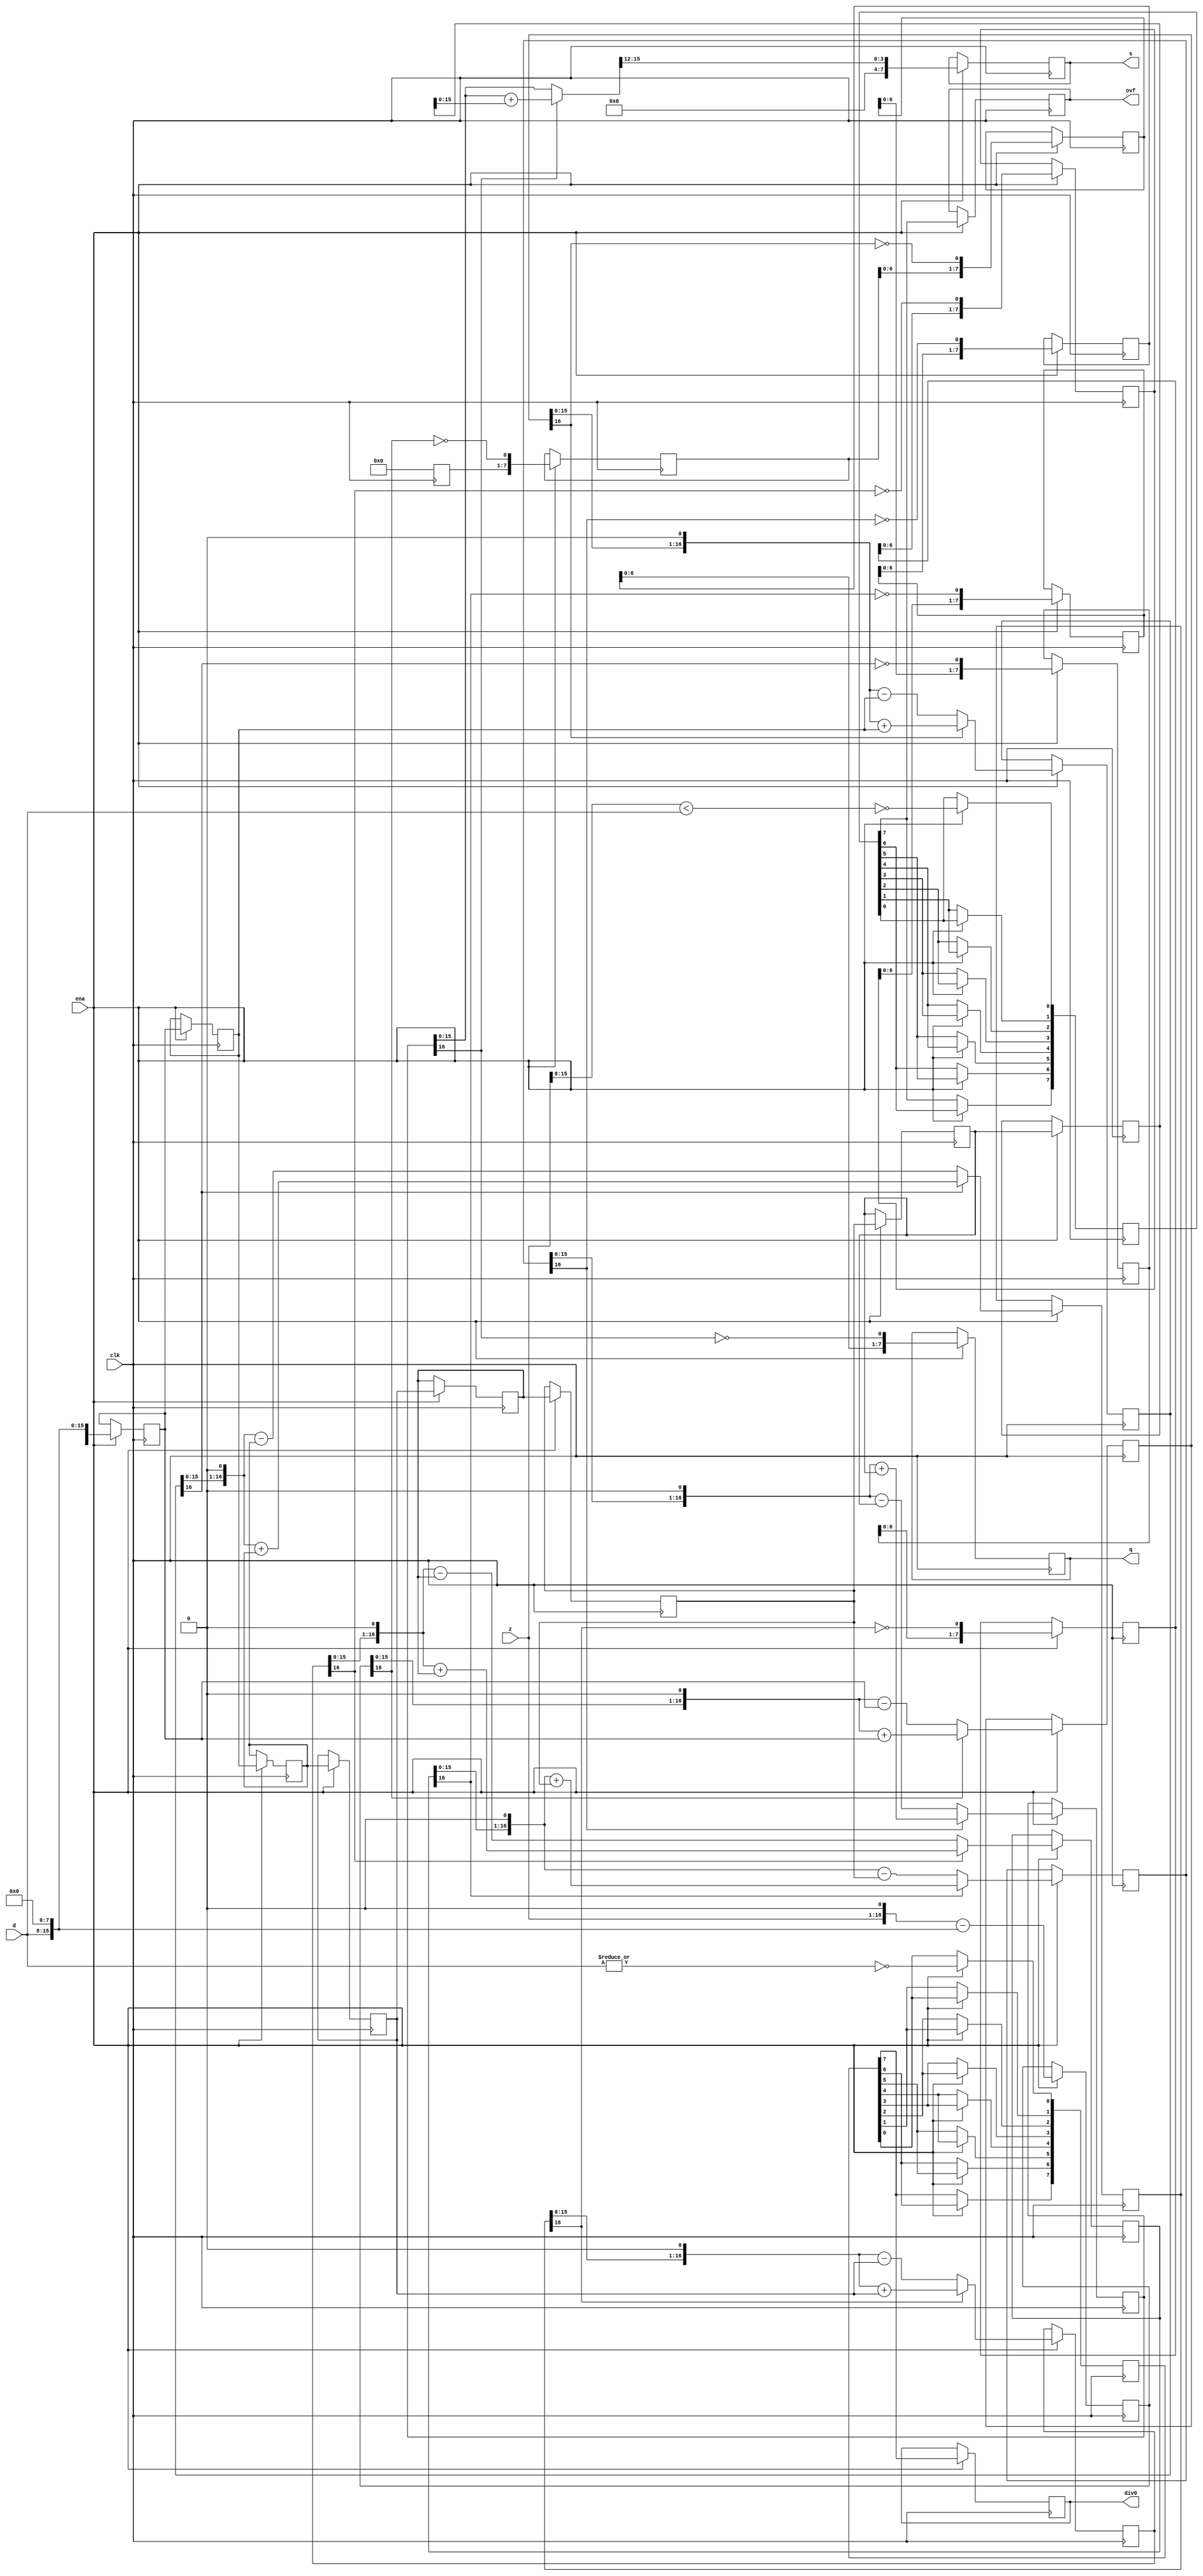
// This program was cloned from: https://github.com/NYU-MLDA/OpenABC
// License: BSD 3-Clause "New" or "Revised" License

module div_uu(clk, ena, z, d, q, s, div0, ovf);

	//
	// parameters
	//
	parameter z_width = 16;
	parameter d_width = z_width /2;

	//
	// inputs & outputs
	//
	input clk;               // system clock
	input ena;               // clock enable

	input  [z_width -1:0] z; // divident
	input  [d_width -1:0] d; // divisor
	output [d_width -1:0] q; // quotient
	reg [d_width-1:0] q;
	output [d_width -1:0] s; // remainder
	reg [d_width-1:0] s;
	output div0;
	reg div0;
	output ovf;
	reg ovf;

	//
	// functions
	//
	function [z_width:0] gen_s;
		input [z_width:0] si;
		input [z_width:0] di;
	begin
	  if(si[z_width])
	    gen_s = {si[z_width-1:0], 1'b0} + di;
	  else
	    gen_s = {si[z_width-1:0], 1'b0} - di;
	end
	endfunction

	function [d_width-1:0] gen_q;
		input [d_width-1:0] qi;
		input [z_width:0] si;
	begin
	  gen_q = {qi[d_width-2:0], ~si[z_width]};
	end
	endfunction

	function [d_width-1:0] assign_s;
		input [z_width:0] si;
		input [z_width:0] di;
		reg [z_width:0] tmp;
	begin
	  if(si[z_width])
	    tmp = si + di;
	  else
	    tmp = si;

	  assign_s = tmp[z_width-1:z_width-4];
	end
	endfunction

	//
	// variables
	//
	reg [d_width-1:0] q_pipe  [d_width-1:0];
	reg [z_width:0] s_pipe  [d_width:0];
	reg [z_width:0] d_pipe  [d_width:0];

	reg [d_width:0] div0_pipe, ovf_pipe;
	//
	// perform parameter checks
	//
`ifdef SIMULATION
	initial
	begin
	  if(d_width !== z_width / 2)
	    $display("div.v parameter error (d_width != z_width/2).");
	end
`endif

	integer n0, n1, n2, n3;

	// generate divisor (d) pipe
	always @(d)
	  d_pipe[0] <= {1'b0, d, {(z_width-d_width){1'b0}} };

	always @(posedge clk)
	  if(ena)
	    for(n0=1; n0 <= d_width; n0=n0+1)
	       d_pipe[n0] <= #1 d_pipe[n0-1];

	// generate internal remainder pipe
	always @(z)
	  s_pipe[0] <= z;

	always @(posedge clk)
	  if(ena)
	    for(n1=1; n1 <= d_width; n1=n1+1)
	       s_pipe[n1] <= #1 gen_s(s_pipe[n1-1], d_pipe[n1-1]);

	// generate quotient pipe
	always @(posedge clk)
	  q_pipe[0] <= #1 0;

	always @(posedge clk)
	  if(ena)
	    for(n2=1; n2 < d_width; n2=n2+1)
	       q_pipe[n2] <= #1 gen_q(q_pipe[n2-1], s_pipe[n2]);


	// flags (divide_by_zero, overflow)
	always @(z or d)
	begin
	  ovf_pipe[0]  <= !(z[z_width-1:d_width] < d);
	  div0_pipe[0] <= ~|d;
	end

	always @(posedge clk)
	  if(ena)
	    for(n3=1; n3 <= d_width; n3=n3+1)
	    begin
	        ovf_pipe[n3] <= #1 ovf_pipe[n3-1];
	        div0_pipe[n3] <= #1 div0_pipe[n3-1];
	    end

	// assign outputs
	always @(posedge clk)
	  if(ena)
	    ovf <= #1 ovf_pipe[d_width];

	always @(posedge clk)
	  if(ena)
	    div0 <= #1 div0_pipe[d_width];

	always @(posedge clk)
	  if(ena)
	    q <= #1 gen_q(q_pipe[d_width-1], s_pipe[d_width]);

	always @(posedge clk)
	  if(ena)
	    s <= #1 assign_s(s_pipe[d_width], d_pipe[d_width]);
endmodule